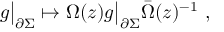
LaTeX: g \bigr | _ { \partial \Sigma } \mapsto \Omega ( z ) g \bigr | _ { \partial \Sigma } \bar { \Omega } ( z ) ^ { - 1 } ~ ,